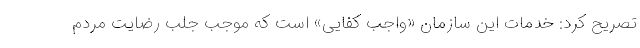
تصریح کرد: خدمات این سازمان «واجب کفایی» است که موجب جلب رضایت مردم